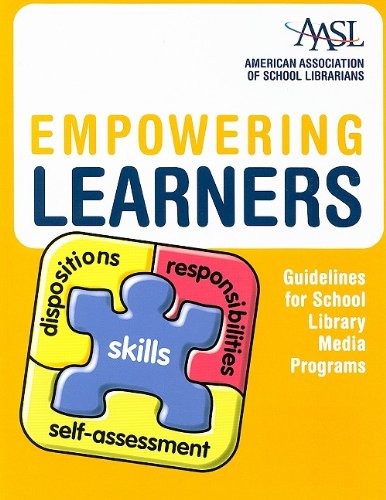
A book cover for Empowering Learners: Guidelines for School Library Media Programs; Politics & Social Sciences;